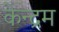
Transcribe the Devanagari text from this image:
केन्द्रम